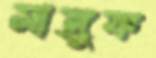
সাজুক